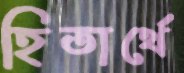
হিতার্থে